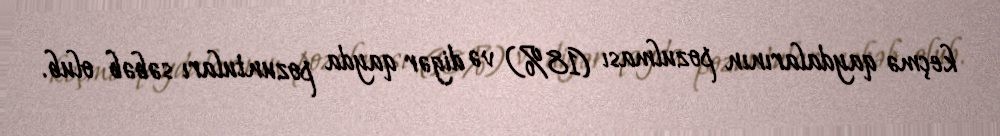
keçmə qaydalarının pozulması (18%) və digər qayda pozuntuları səbəb olub.